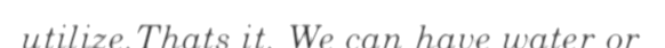
utilize.Thats it. We can have water or